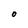
Character: O